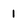
Character: 1